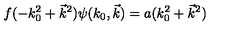
f ( - k _ { 0 } ^ { 2 } + \vec { k } ^ { 2 } ) \psi ( k _ { 0 } , \vec { k } ) = a ( k _ { 0 } ^ { 2 } + \vec { k } ^ { 2 } )